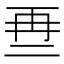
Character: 𱎒